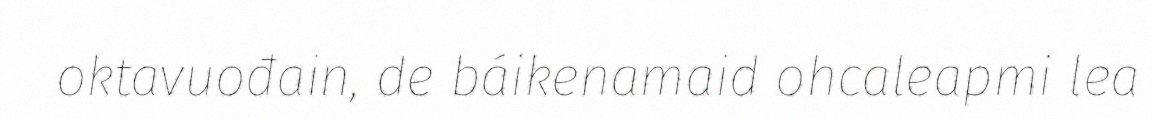
oktavuođain, de báikenamaid ohcaleapmi lea